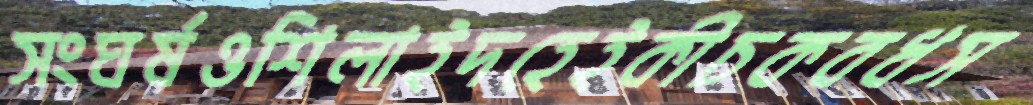
সংঘর্ষওশিলাইদহেইকীচকবধস